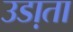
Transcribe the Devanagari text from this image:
उडा़ता